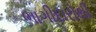
ભાગીદારોથી